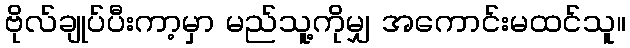
ဗိုလ်ချုပ်ပီးကာ့မှာ မည်သူ့ကိုမျှ အကောင်းမထင်သူ။